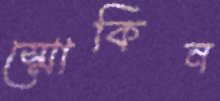
স্মোকিন